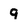
Character: 9